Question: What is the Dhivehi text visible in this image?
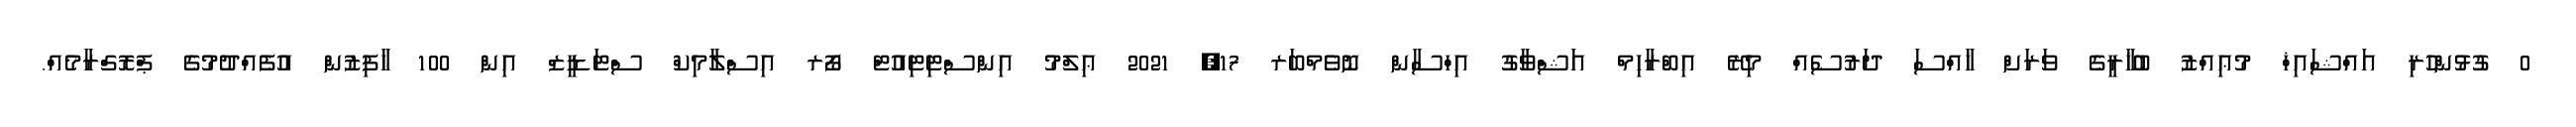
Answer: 0 ގުޅުންހުރި އައްޝައިޚް މުޢިއްޒު ބުޚާރީގެ ވަރަށް ޚާއްސަ ދަރުސެއް މިރޭ އިބްރާހިމް އަޝްވާގު އިހްސާން ނޮވެމްބަރ 17, 2021 ޢިލްމު އިންސްޓިޓިއުޓް ފޯރ އިސްލާމިކް ސްޓަޑީޒް އިން 100 ހާފިޒުން އުފެއްދުމުގެ ޕްރޮގްރާމެއް.